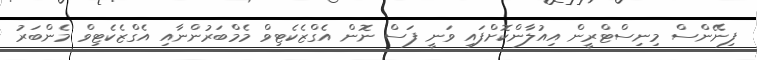
ފިނޭންސް މިނިސްޓްރީން އިއުލާންކޮށްފައި ވަނީ ފަސް ނޮން އެގްޒެކެޓިވް މެމްބަރުންނާއި އެގްޒެކެޓިވް މެންބަރު